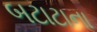
બટાટાના